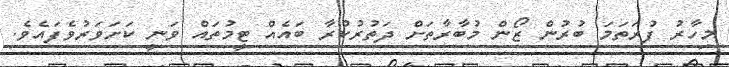
މިހާރު ފުރަތަމަ ބުރުން ޒޯން މުބާރާތަށް ދަތުރުކުރާ ބައެއް ޓީމުތައް ވަނީ ކަށަވަރުވެފައެވެ.